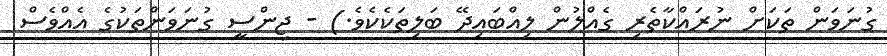
ގުނަވަން ތަކަށް ނުރައްކާތެރި ގެއްލުން ލިއްބައިދޭ ބަލިތަކެކެވެ.) - ޖިންސީ ގުނަވަންތަކުގެ އެއްވެސް